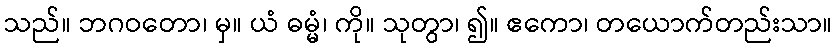
သည်။ ဘဂဝတော၊ မှ။ ယံ ဓမ္မံ၊ ကို။ သုတွာ၊ ၍။ ဧကော၊ တယောက်တည်းသာ။